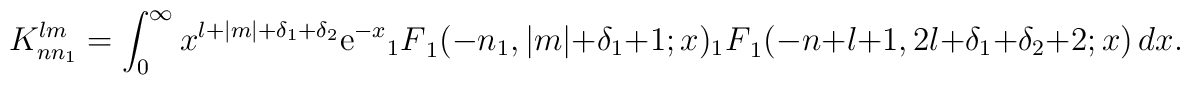
K_{nn_1}^{lm} = \int_{0}^{\infty} x^{l+|m|+\delta_1+\delta_2} {\rm e}^{-x}\> {_1F}_1(-n_1  , |m|+\delta_1+1         ; x)\> {_1F}_1(-n+l+1, 2l+\delta_1+\delta_2 + 2 ; x) \, dx.